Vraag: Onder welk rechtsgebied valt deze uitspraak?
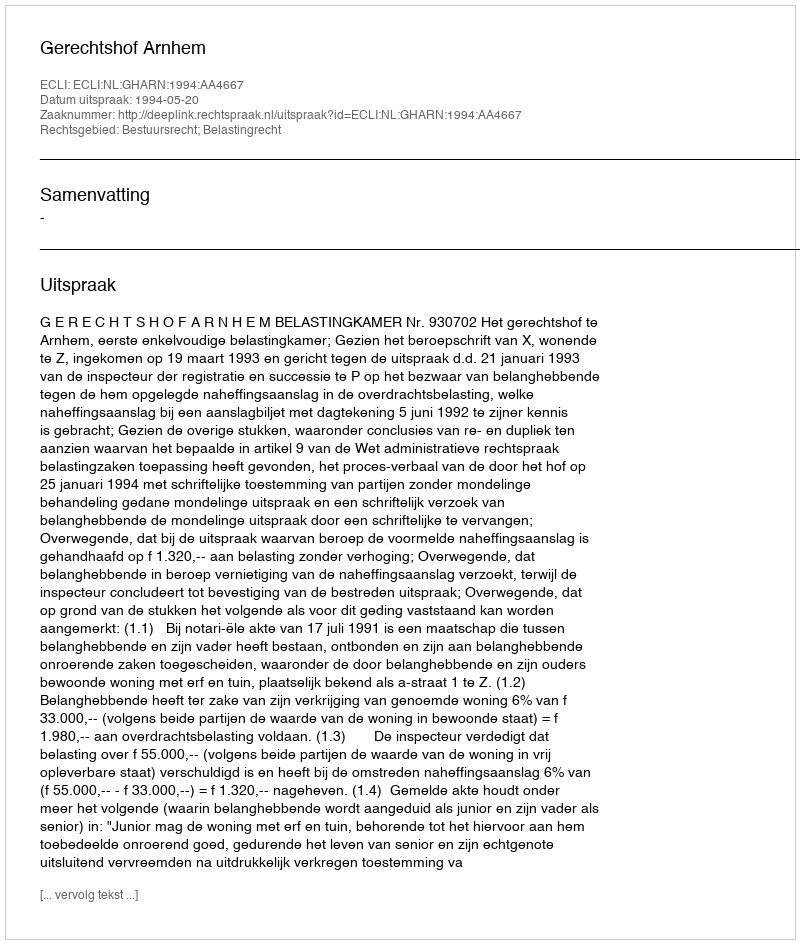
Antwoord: Bestuursrecht; Belastingrecht